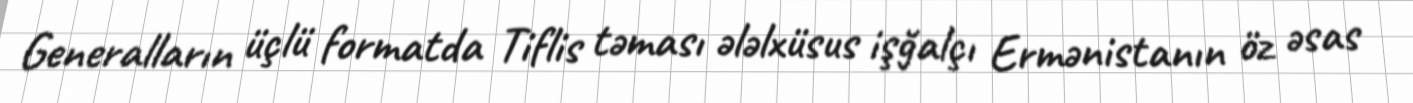
Generalların üçlü formatda Tiflis təması ələlxüsus işğalçı Ermənistanın öz əsas